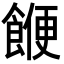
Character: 𮩅